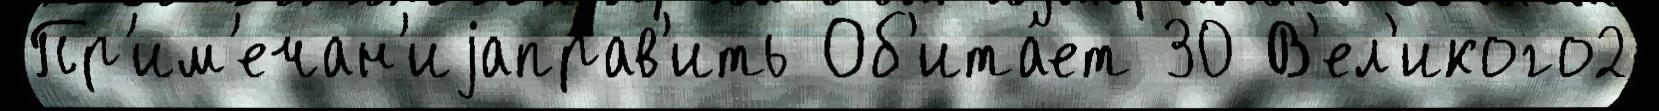
Пр'им'ечан'иjаправ'ить Об'ита́ет 30 В'ел'икого2